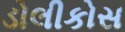
ડોલીકોસ